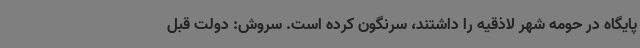
پایگاه در حومه شهر لاذقیه را داشتند، سرنگون کرده است. سروش: دولت قبل